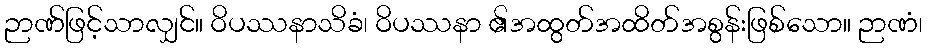
ဉာဏ်ဖြင့်သာလျှင်။ ဝိပဿနာသိခံ၊ ဝိပဿနာ ၏အထွတ်အထိတ်အစွန်းဖြစ်သော။ ဉာဏံ၊